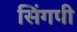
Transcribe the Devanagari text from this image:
सिंगपी